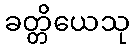
ခတ္တိယေသု